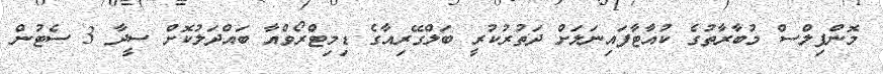
މޮންފިލްސް މުބާރާތުގެ ކުއާޓާފައިނަލަށް ދަތުރުކުރީ ބަލްގޭރިއާގެ ޑިމިޓްރޯވްއާ ބައްދަލުކޮށް ސީދާ 3 ސެޓުން